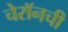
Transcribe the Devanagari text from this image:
चेरॉनची